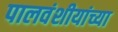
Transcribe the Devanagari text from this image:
पालवंशीयांच्या